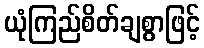
ယုံကြည်စိတ်ချစွာဖြင့်